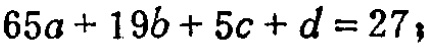
\(65a + 19b + 5c + d = 27\)